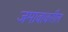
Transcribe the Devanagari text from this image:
जमावावरील